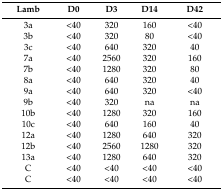
| Lamb | D0 | D3 | D14 | D42 |
 | --- | --- | --- | --- | --- |
 | 3a | <40 | 320 | 160 | <40 |
 | 3b | <40 | 320 | 80 | <40 |
 | 3c | <40 | 640 | 320 | 40 |
 | 7a | <40 | 2560 | 320 | 160 |
 | 7b | <40 | 1280 | 320 | 80 |
 | 8a | <40 | 640 | 320 | 40 |
 | 9a | <40 | 640 | 320 | <40 |
 | 9b | <40 | 320 | na | na |
 | 10b | <40 | 1280 | 320 | 160 |
 | 10c | <40 | 640 | 160 | 40 |
 | 12a | <40 | 1280 | 640 | 320 |
 | 12b | <40 | 2560 | 1280 | 320 |
 | 13a | <40 | 1280 | 640 | 320 |
 | C | <40 | <40 | <40 | <40 |
 | C | <40 | <40 | <40 | <40 |